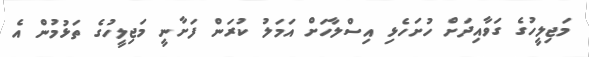
މަޖިލީހުގެ ގަވާއިދަށް ހުށަހެޅި އިސްލާހަށް އަމަލު ކުރަން ފަށާނީ މަޖިލީހުގެ ތަޅުމުން އެ